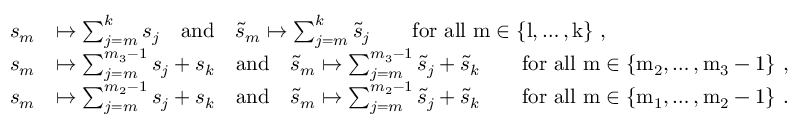
\begin{array} { r l } { s _ { m } } & { \mapsto \sum _ { j = m } ^ { k } s _ { j } \quad \mathrm { a n d } \quad \tilde { s } _ { m } \mapsto \sum _ { j = m } ^ { k } \tilde { s } _ { j } \qquad \mathrm { f o r ~ a l l ~ m \in \{ l , \dots , k \} ~ } , } \\ { s _ { m } } & { \mapsto \sum _ { j = m } ^ { m _ { 3 } - 1 } s _ { j } + s _ { k } \quad \mathrm { a n d } \quad \tilde { s } _ { m } \mapsto \sum _ { j = m } ^ { m _ { 3 } - 1 } \tilde { s } _ { j } + \tilde { s } _ { k } \qquad \mathrm { f o r ~ a l l ~ m \in \{ m _ 2 , \dots , m _ 3 - 1 \} ~ } , } \\ { s _ { m } } & { \mapsto \sum _ { j = m } ^ { m _ { 2 } - 1 } s _ { j } + s _ { k } \quad \mathrm { a n d } \quad \tilde { s } _ { m } \mapsto \sum _ { j = m } ^ { m _ { 2 } - 1 } \tilde { s } _ { j } + \tilde { s } _ { k } \qquad \mathrm { f o r ~ a l l ~ m \in \{ m _ 1 , \dots , m _ 2 - 1 \} ~ } . } \end{array}